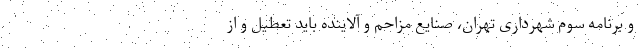
و برنامه سوم شهرداری تهران، صنایع مزاحم و آلاینده باید تعطیل و از